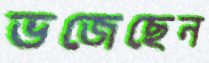
ভজেছেন